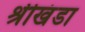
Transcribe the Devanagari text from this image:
श्रीखंडा